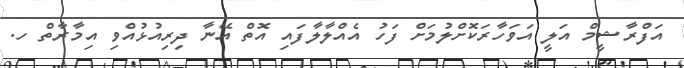
އަފްރާޝީމް އަލީ އަވަހާރަކޮށްލުމަށް ފަހު އެއްލާލާފައި އޮތް އޭނާ ދިރިއުޅުއްވި އިމާރާތް ހ.